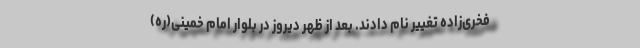
فخری‌زاده تغییر نام دادند. بعد از ظهر دیروز در بلوار امام خمینی(ره)